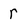
Character: r